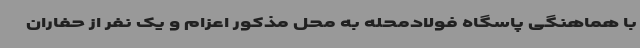
با هماهنگی پاسگاه فولادمحله به محل مذکور اعزام و یک نفر از حفاران